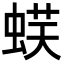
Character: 𧋞